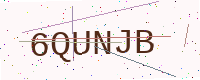
Text: 6QUNJB